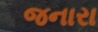
જનારા